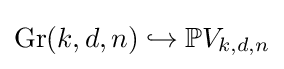
\operatorname {Gr} (k,d,n)\hookrightarrow \mathbb {P} V_{k,d,n}